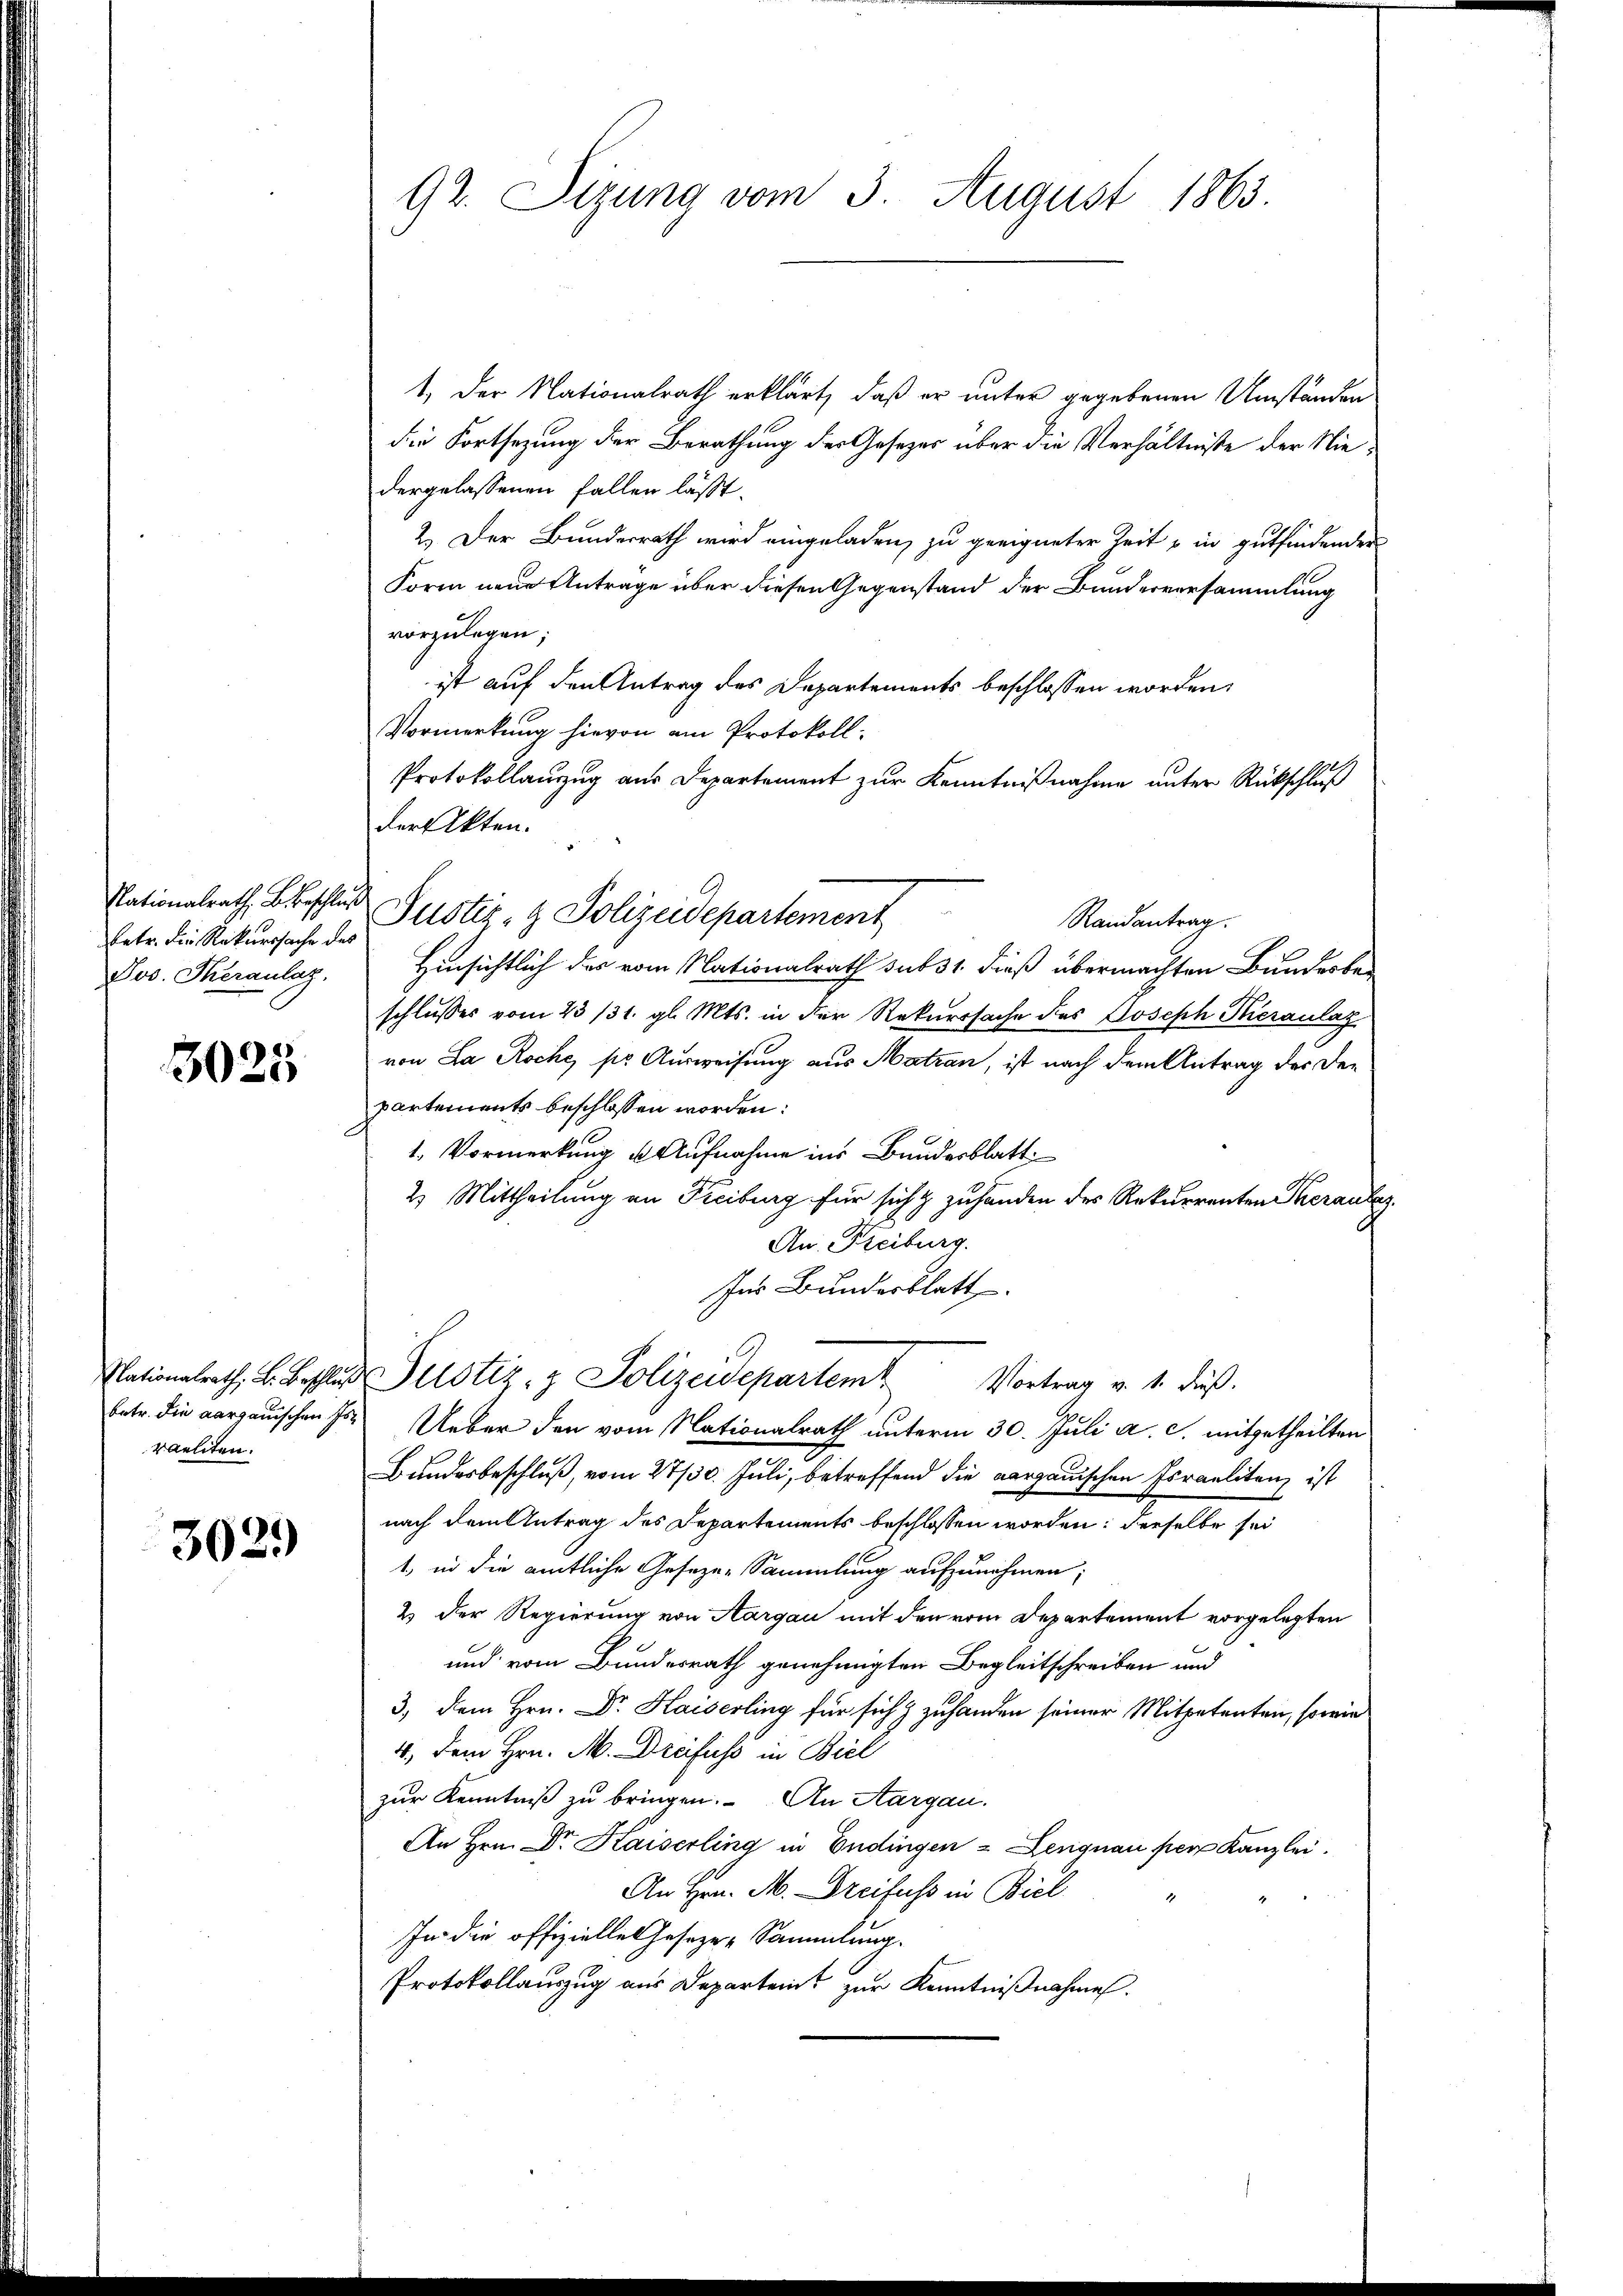
betr. die Rekurssache des
Jos. Theranlag.

3025

Nationalrath, B. Beschluß
raeliten.

3029

92. Sizung vom 3. August 1863.

1. Der Nationalrath erklärt, daß er unter gegebenen Umständen
die Fortsetzung der Berathung der Gesetzes über die Verhältniße der Niedergelassenen Fallen lässt.
2.) Der Bundesrath wird eingeladen, zu geeigneter Zeit & in gutfindender
Form neue Antrage über diesen Gegenstand der Bunderversammlung
vorzulegen;
ist auf den Antrag des Departements beschlossen worden.
Vormerkung hievon am Protokoll:
Protokollanzug aus Departement zur Kenntnißnahme unter Rückschluß
der Akten.
Hinsichtlich der vom Nationalrath subst dieß übermachten Bundesber
schlusses vom 23/31. gl. Mts. in der Rekurssache des Joseph Thieraulaz
von La Roche, so Ausweisung aus Matzan, ist nach dem Antrag der Departements beschlossen worden:
1. Vormerkung u. Aufnahme ins Bundesblatt
2) Mittheilung an Freiburg für sich & zuhanden des Rekurrenten Theranlag
c
An Freiburg.
für Bundesblatt
 Justiz- & Polizeidepartemt Vortrag v. 4. dieß.
betr. die aargauischen Hs. Ueber den vom Nationalrath unterm 30. Juli a. c. mitgetheilten
Bundesbeschluß, vom 27/30. Juli, betreffend die aargauischen Israelitenz ist
nach dem Antrag des Departements beschlossen worden; derselbe sei
1., in die amtliche Geseze-Sammlung aufzunehmen;
2) Der Regierung von Aargau mit den vom Departement vorgelegten
und vom Bundesrath genehmigten Begleitschreiben und
3, dem Hrn. Dr. Kaiserling für sich & zuhanden seiner Mitpetenten, sowie
4., dem Hrn. M. Dreifuss in Biel
zur Kenntniß zu bringen. An Aargau.
An Hrn. Dr. Kaiserling in Endingen - Lengnau per Kanzlei.
An Hrn. M. Dreifuss in Biel
In die offizielles Gesezes-Sammlung.
Protokollauszug aus Departeit zur Kenntnißnahmen.

Nationalrath Beschlus Justiz- & Polizeidepartement

Randantrag.